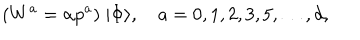
( W ^ { a } = \alpha p ^ { a } ) \; | \Phi \rangle , \quad a = 0 , 1 , 2 , 3 , 5 , \dots , d ,